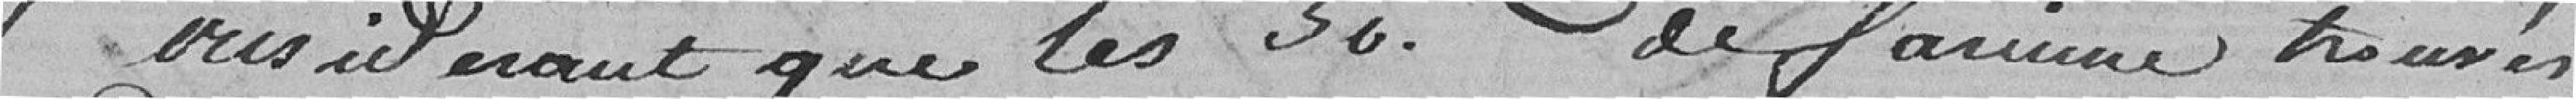
Considérant que les sacs de farine trouvés